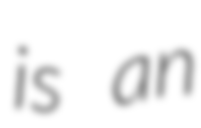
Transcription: is an